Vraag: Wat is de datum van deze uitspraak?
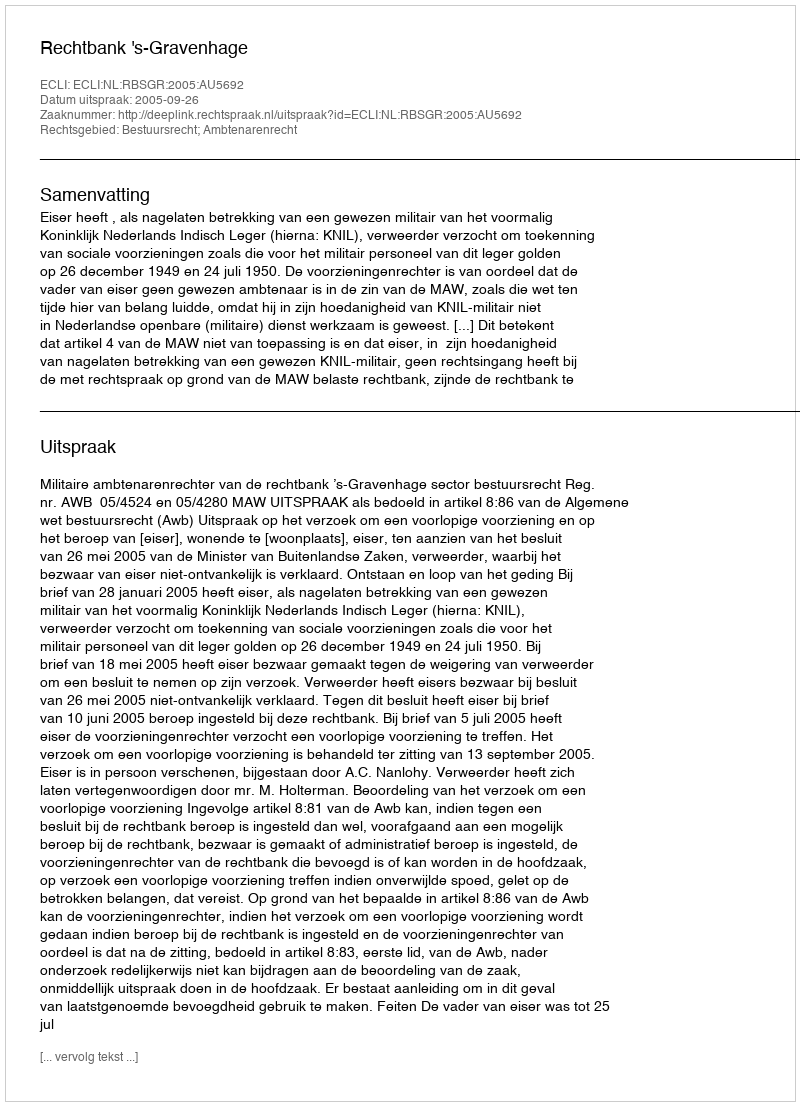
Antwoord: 2005-09-26